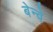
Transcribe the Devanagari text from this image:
बेन्वे